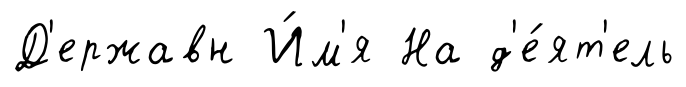
Д'ержавн И́м'я На д'е́ят'ель